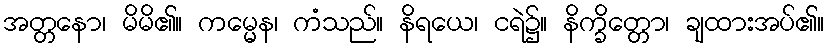
အတ္တနော၊ မိမိ၏။ ကမ္မေန၊ ကံသည်။ နိရယေ၊ ငရဲ၌။ နိက္ခိတ္တော၊ ချထားအပ်၏။